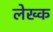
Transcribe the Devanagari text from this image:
लेख्क